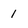
Character: 1